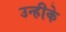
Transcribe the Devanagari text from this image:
उन्हीके